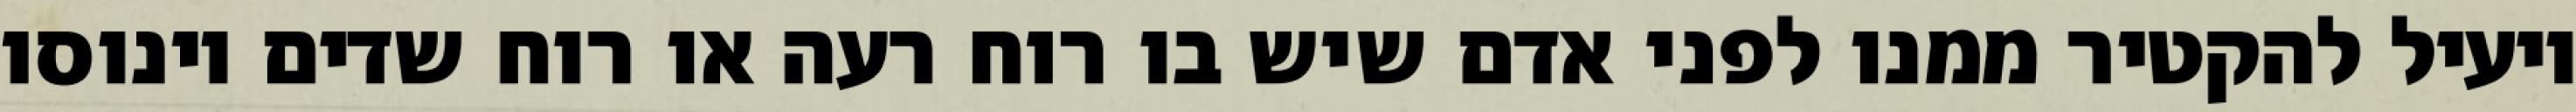
יועיל להקטיר ממנו לפני אדם שיש בו רוח רעה או רוח שדים וינוסו